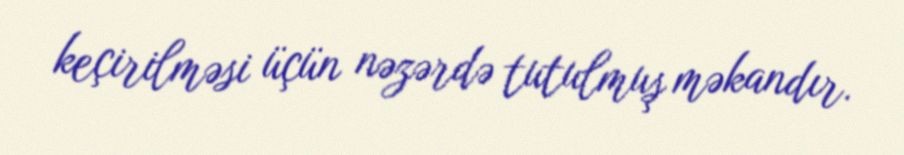
keçirilməsi üçün nəzərdə tutulmuş məkandır.